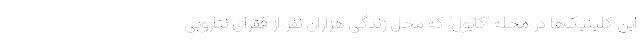
این کلینیک‌ها در محله "کایول" که محل زندگی هزاران نفر از فقرای نتاروبی